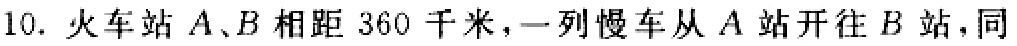
10. 火车站 \(A、B\) 相距 \(360\) 千米，一列慢车从 \(A\) 站开往 \(B\) 站，同